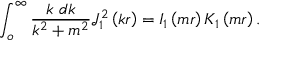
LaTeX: \int _ { o } ^ { \infty } { \frac { k \; d k } { k ^ { 2 } + m ^ { 2 } } } { \mathcal { J } } _ { 1 } ^ { 2 } \left( k r \right) = I _ { 1 } \left( m r \right) K _ { 1 } \left( m r \right) .